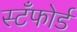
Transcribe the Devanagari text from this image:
स्टँफोर्ड